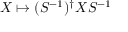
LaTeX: X \mapsto ( S ^ { - 1 } ) ^ { \dagger } X S ^ { - 1 }